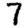
Digit: 7